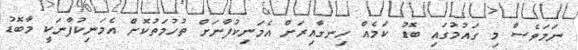
ނަމަވެސް މި ގައުމުގައި ބޮޑު ކަމެއް ހިނގާއިރަށް އެމަނިކުފާނަށް ތުހުމަތުކޮށް އެމަނިކުފާނަކީ މާބޮޑު